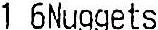
1 6NUGGETS